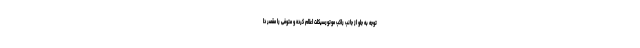
توجه به جلو از جانب راکب موتورسیکلت اعلام کرده و متوفی را مقصر دا